Annual report of the Punjab Veterinary College and of the Civil Veterinary Department, Punjab - 1926-1932
Year: 1926
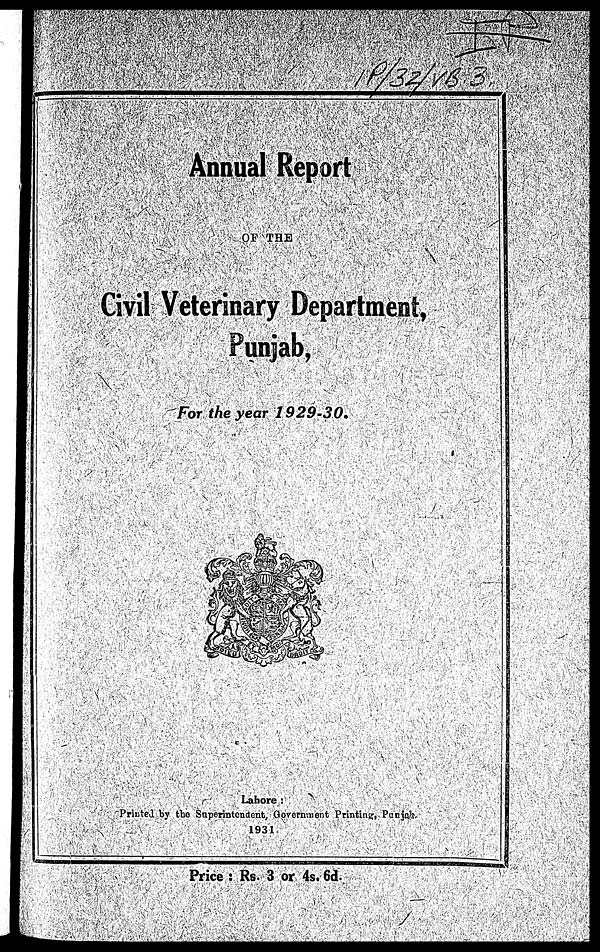
Annual Report
OF THE
Civil Veterinary Department,
Punjab,
For the year 1929-30.
Lahore:
Printed by the Superintendent, Government Printing, Punjab.
1931.
Price: Rs. 3 or 4s. 6d.